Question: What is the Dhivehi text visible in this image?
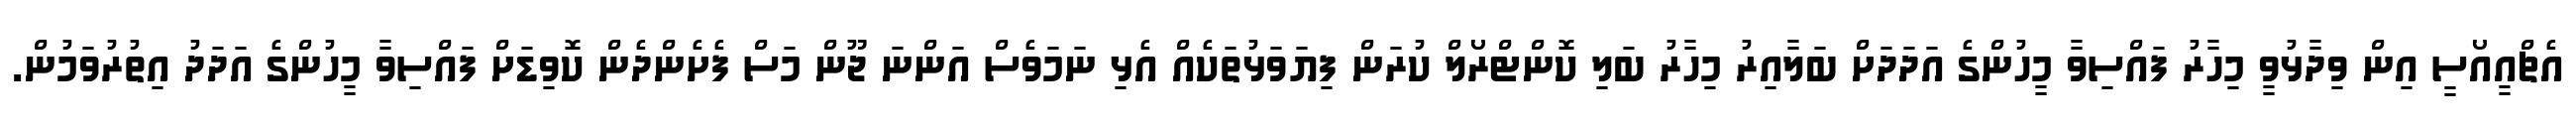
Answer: އެޗްއީއޯސީ އިން ވިދާޅުވީ މިހާރު ފައްސިވާ މީހުންގެ އަދަދަށް ބަލާއިރު މިހާރު ބަލި ކޮންޓްރޯލް ކުރަން ފިޔަވަޅުތަކެއް އެޅި ނަމަވެސް އަންނަ ޖޫން މަސް ފެށެންދެން ކޮވިޑަށް ފައްސިވާ މީހުންގެ އަދަދު އިތުރުވަމުން.